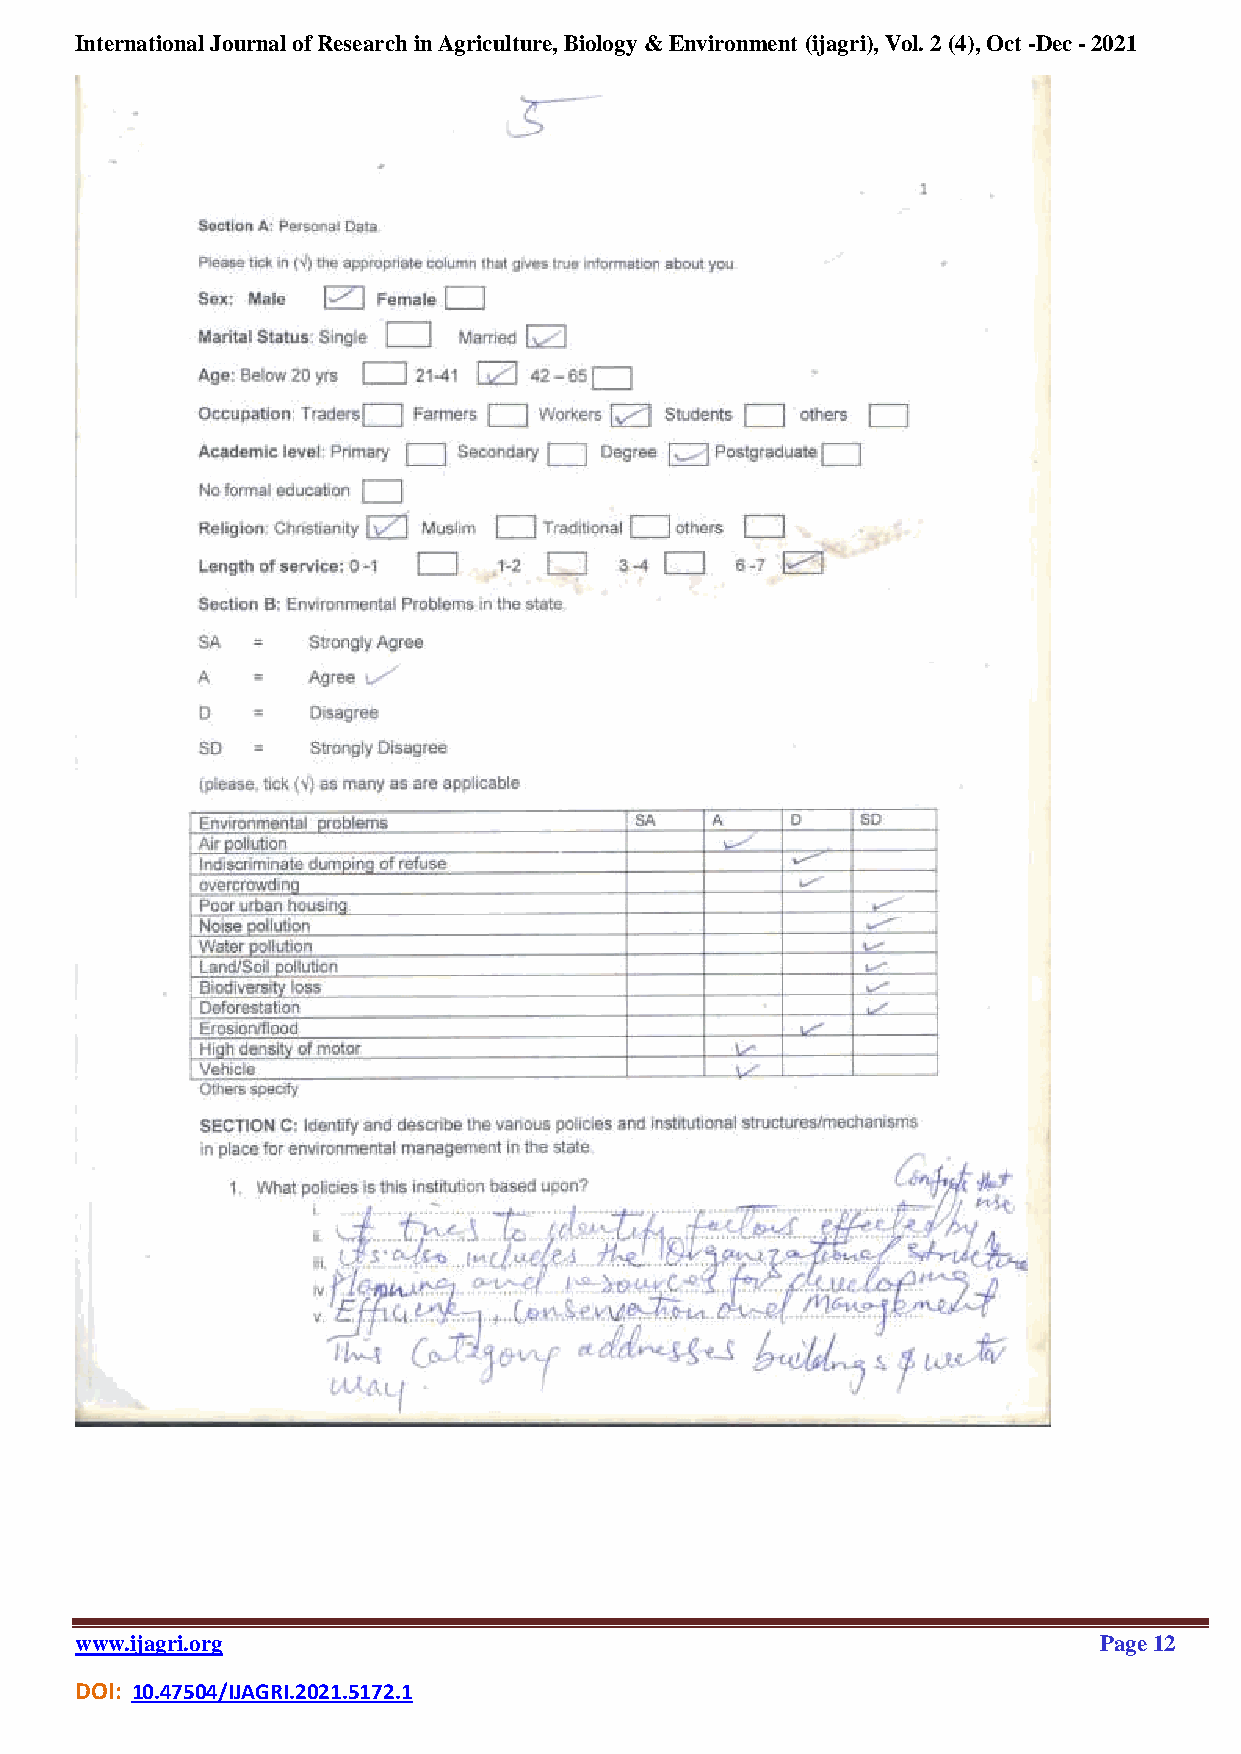
International Journal of Research in Agriculture, Biology & Environment (ijagri), Vol. 2 (4), Oct -Dec - 2021
 www.ijagri.org                                                      Page 12
 DOI: 10.47504/IJAGRI.2021.5172.1